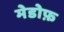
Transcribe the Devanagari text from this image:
मेडोफ़